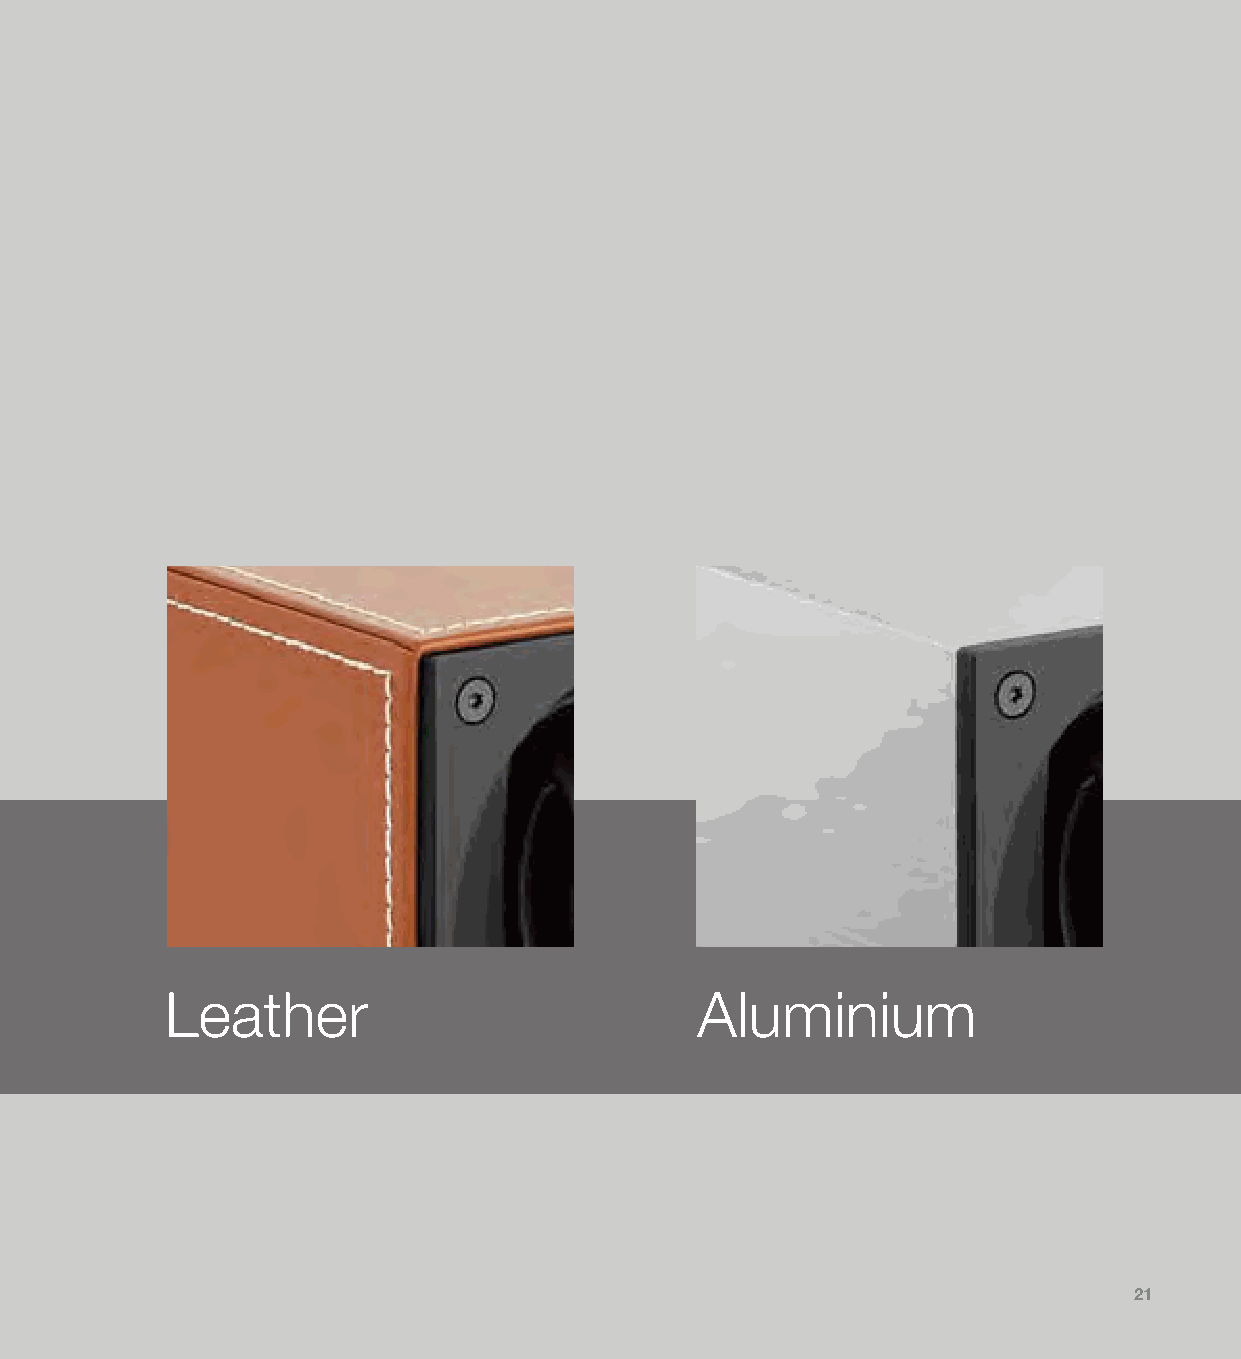
Leather                            Aluminium
 21